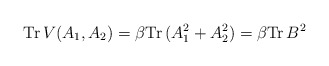
\begin{align*}\mbox{Tr} \, V(A_1 ,A_2 ) = \beta \mbox{Tr} \, (A_1^2 + A_2^2 )=\beta \mbox{Tr} \, B^2\end{align*}